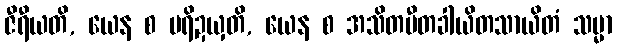
ဇီရီယတိ, ယေန စ ပရိဍယှတိ, ယေန စ အသိတပီတခါယိတသာယိတံ သမ္မာ